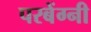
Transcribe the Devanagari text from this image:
परबेंग्नी